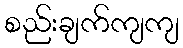
စည်းချက်ကျကျ